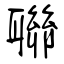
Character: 聯